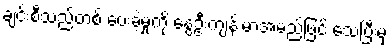
ချင်းစီသည်တစ် ပေးခဲ့မှုကို နွေဦးကျန်းမာအမည်ဖြင့် သေပြီးမှ